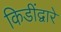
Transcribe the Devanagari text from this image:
किडींद्वारे